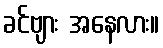
ခင်ဗျား အနေလား။